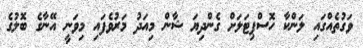
ވަގުތެއްގައި ލަންކާ ހޮސްޕިޓަލަށް ގެންދިޔަ ޝާން މިއަދު މަރުވެފައި މިވަނީ އޭނާގެ ބޮލުގެ